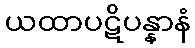
ယထာပဋိပန္နာနံ